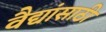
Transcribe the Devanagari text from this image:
वैद्यांसाठी